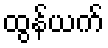
ထွန်ယက်